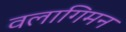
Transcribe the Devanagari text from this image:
वलागिमन